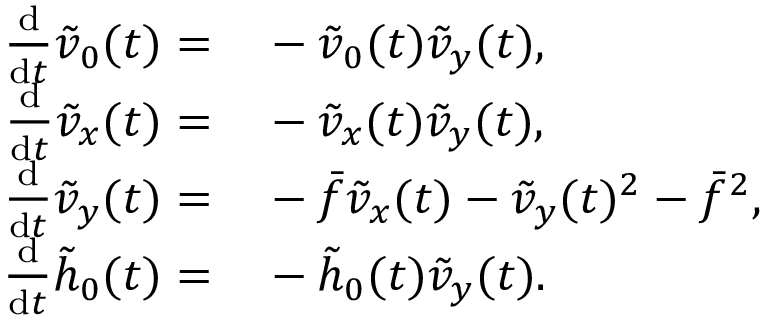
\begin{array} { r l } { \frac { \mathrm { d } } { \mathrm { d } t } \tilde { v } _ { 0 } ( t ) = } & { { } - \tilde { v } _ { 0 } ( t ) \tilde { v } _ { y } ( t ) , } \\ { \frac { \mathrm { d } } { \mathrm { d } t } \tilde { v } _ { x } ( t ) = } & { { } - \tilde { v } _ { x } ( t ) \tilde { v } _ { y } ( t ) , } \\ { \frac { \mathrm { d } } { \mathrm { d } t } \tilde { v } _ { y } ( t ) = } & { { } - \bar { f } \tilde { v } _ { x } ( t ) - \tilde { v } _ { y } ( t ) ^ { 2 } - \bar { f } ^ { 2 } , } \\ { \frac { \mathrm { d } } { \mathrm { d } t } \tilde { h } _ { 0 } ( t ) = } & { { } - \tilde { h } _ { 0 } ( t ) \tilde { v } _ { y } ( t ) . } \end{array}